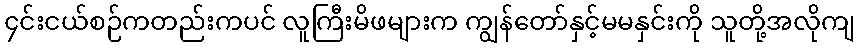
၄င်းငယ်စဉ်ကတည်းကပင် လူကြီးမိဖများက ကျွန်တော်နှင့်မမနှင်းကို သူတို့အလိုကျ